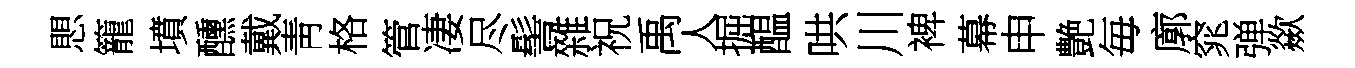
愳籠墳醺戴靑格管凄尽髻雜祝禹人掘醖哄川裨幕申艶毎廓窕弹歘